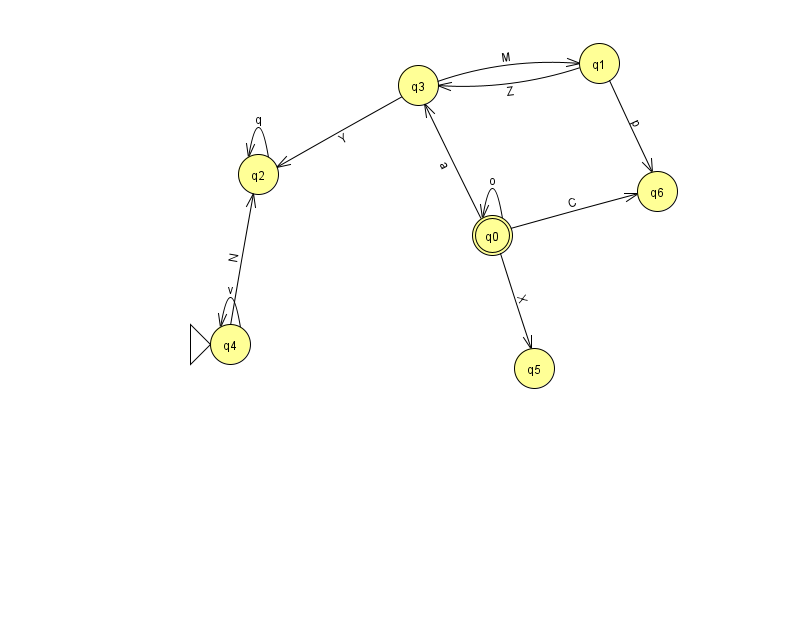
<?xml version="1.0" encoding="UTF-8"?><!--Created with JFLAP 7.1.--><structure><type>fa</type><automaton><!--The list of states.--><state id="0" name="q0"><x>492.0</x><y>222.0</y><final/></state><state id="1" name="q1"><x>599.0</x><y>50.0</y></state><state id="2" name="q2"><x>258.0</x><y>161.0</y></state><state id="3" name="q3"><x>418.0</x><y>72.0</y></state><state id="4" name="q4"><x>230.0</x><y>331.0</y><initial/></state><state id="5" name="q5"><x>534.0</x><y>355.0</y></state><state id="6" name="q6"><x>657.0</x><y>178.0</y></state><!--The list of transitions.--><transition><from>2</from><to>2</to><read>q</read></transition><transition><from>3</from><to>1</to><read>M</read></transition><transition><from>1</from><to>6</to><read>p</read></transition><transition><from>1</from><to>3</to><read>Z</read></transition><transition><from>0</from><to>3</to><read>a</read></transition><transition><from>4</from><to>4</to><read>v</read></transition><transition><from>3</from><to>2</to><read>Y</read></transition><transition><from>0</from><to>5</to><read>X</read></transition><transition><from>4</from><to>2</to><read>N</read></transition><transition><from>0</from><to>0</to><read>o</read></transition><transition><from>0</from><to>6</to><read>C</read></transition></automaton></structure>